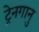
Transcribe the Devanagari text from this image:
ट्रेनगानु